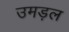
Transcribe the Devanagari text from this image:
उमड़ल